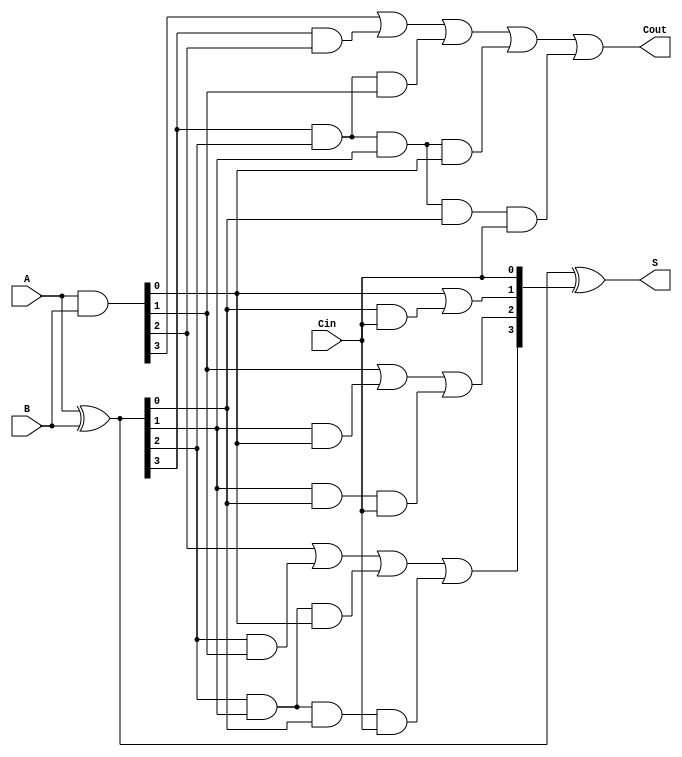
module CLA_4bit (
    input  [3:0] A,
    input  [3:0] B,
    input        Cin,
    output [3:0] S,
    output       Cout
);
    wire [3:0] G; // Generate signals
    wire [3:0] P; // Propagate signals
    wire [4:0] C; // Carry signals

    assign G = A & B;            // Generate
    assign P = A ^ B;            // Propagate
    assign C[0] = Cin;           // Carry-in

    // Carry signal calculations
    assign C[1] = G[0] | (P[0] & C[0]);
    assign C[2] = G[1] | (P[1] & G[0]) | (P[1] & P[0] & C[0]);
    assign C[3] = G[2] | (P[2] & G[1]) | (P[2] & P[1] & G[0]) | (P[2] & P[1] & P[0] & C[0]);
    assign Cout = G[3] | (P[3] & G[2]) | (P[3] & P[2] & G[1]) | (P[3] & P[2] & P[1] & G[0]) | (P[3] & P[2] & P[1] & P[0] & C[0]);

    // Sum calculations
    assign S = P ^ C[3:0];

endmodule